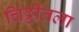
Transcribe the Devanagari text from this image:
चिठ्ठीतला